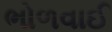
ભોળવાઈ